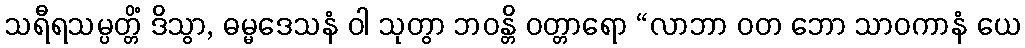
သရီရသမ္ပတ္တိံ ဒိသွာ, ဓမ္မဒေသနံ ဝါ သုတွာ ဘဝန္တိ ဝတ္တာရော “လာဘာ ဝတ ဘော သာဝကာနံ ယေ